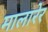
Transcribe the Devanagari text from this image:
मालारेर